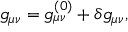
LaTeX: g _ { \mu \nu } = g _ { \mu \nu } ^ { ( 0 ) } + \delta g _ { \mu \nu } ,